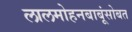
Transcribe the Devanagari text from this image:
लालमोहनबाबूंसोबत